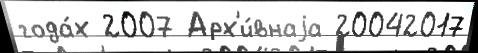
года́х 2007 Арх'и́внаjа 20042017